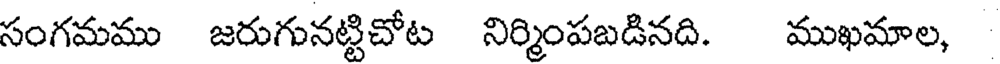
సంగమము జరుగునట్టిచోట నిర్మింపబడినది. ముఖమాల,